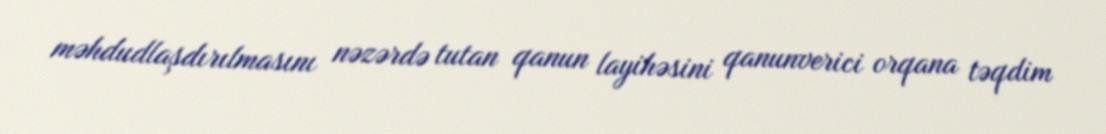
məhdudlaşdırılmasını nəzərdə tutan qanun layihəsini qanunverici orqana təqdim